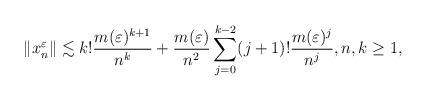
LaTeX: \begin{align*}\|x_n^\varepsilon\|\lesssim k! \frac{ m(\varepsilon)^{k+1}}{n^k}+\frac{m(\varepsilon)}{n^2}\sum_{j=0}^{k-2}(j+1)!\frac{ m(\varepsilon)^j}{n^j}, n,k\ge1,\end{align*}